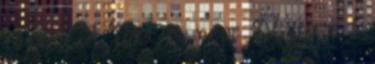
rész 1 A Tóra és népe IV. rész 1